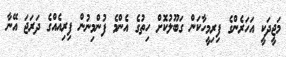
މަޖީދަކީ އަހަރެންގެ ފިރިމީހާކަން ގަބޫލުކޮށް ހިތުގެ އެންމެ ފުންމިނުން ފިރިއެއްގެ ދަރަޖަ އޭނާ